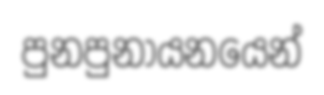
පුනපුනායනයෙන්